Scottish Leaving Certificate Examination, 1960
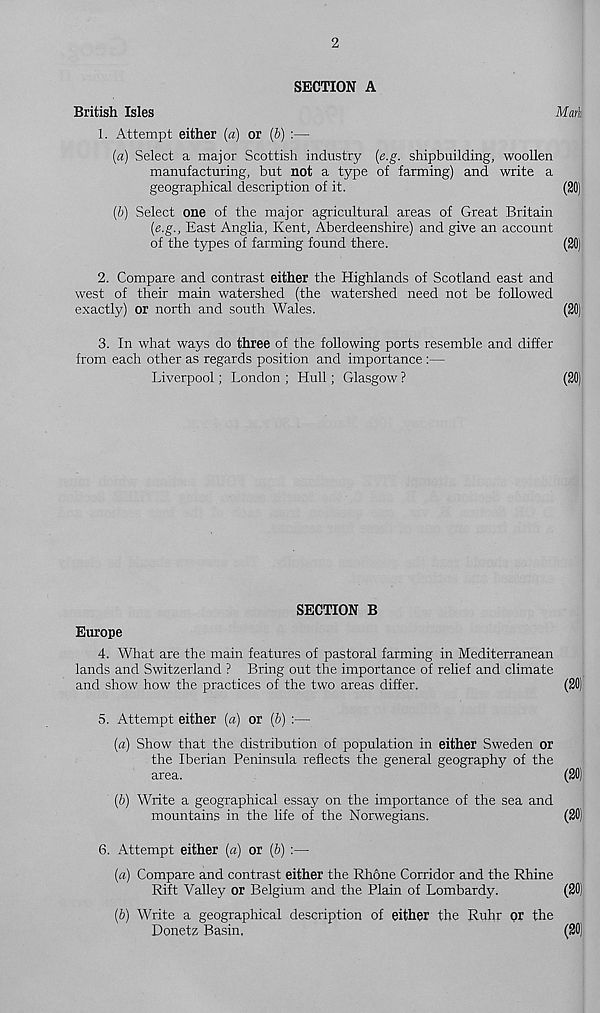
2
SECTION A
British Isles
Mark
1. Attempt either (a) or (b) :—
(а) Select a major Scottish industry (e.g. shipbuilding, woollen
manufacturing, but not a type of farming) and write a
geographical description of it.
(20)
(б) Select one of the major agricultural areas of Great Britain
[e.g., East Anglia, Kent, Aberdeenshire) and give an account
of the types of farming found there.
(20)
2. Compare and contrast either the Highlands of Scotland east and
west of their main watershed (the watershed need not be followed
exactly) or north and south Wales.
(20)
3. In what ways do three of the following ports resemble and differ
from each other as regards position and importance :—
Liverpool; London ; Hull; Glasgow ?
(20)
SECTION B
Europe
4. What are the main features of pastoral farming in Mediterranean
lands and Switzerland ? Bring out the importance of relief and climate
and show how the practices of the two areas differ.
(20)
5. Attempt either (a) or (b) :—
(a) Show that the distribution of population in either Sweden or
the Iberian Peninsula reflects the general geography of the
area.
(20)
(b) Write a geographical essay on the importance of the sea and
mountains in the life of the Norwegians.
(20)
6. Attempt either (a) or (b) :—
(a) Compare and contrast either the Rhone Corridor and the Rhine
Rift Valley or Belgium and the Plain of Lombardy.
(20)
(b) Write a geographical description of either the Ruhr or the
Donetz Basin,
(20)